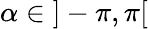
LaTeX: \alpha\in\; ]-\pi,\pi[